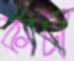
কাঁচী